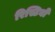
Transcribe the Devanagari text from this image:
रिस्टिवो